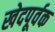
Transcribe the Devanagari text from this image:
खेदपूर्वक